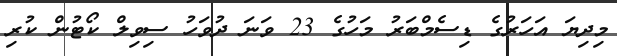
މިދިޔަ އަހަރުގެ ޑިސެމްބަރު މަހުގެ 23 ވަނަ ދުވަހު ސިވިލް ކޯޓުން ކުރި